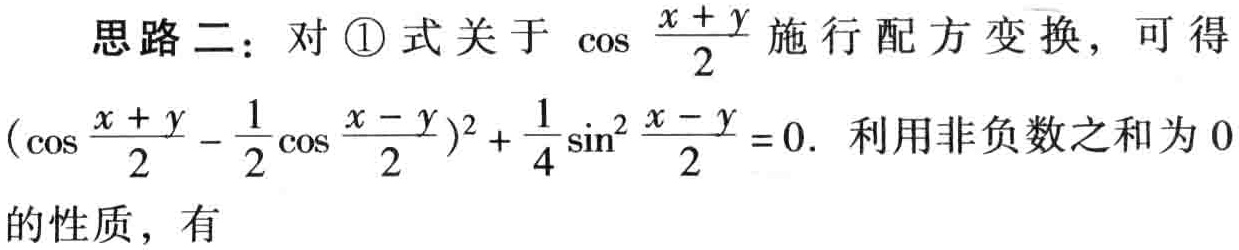
思路二：对\textcircled{1}式关于\(\cos\frac{x + y}{2}\)施行配方变换，可得\((\cos\frac{x + y}{2}-\frac{1}{2}\cos\frac{x - y}{2})^2+\frac{1}{4}\sin^2\frac{x - y}{2}=0\). 利用非负数之和为\(0\)的性质，有